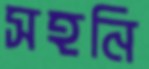
সহনি